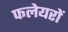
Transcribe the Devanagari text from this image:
फलेयरों